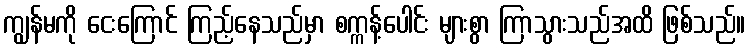
ကျွန်မကို ငေးကြောင် ကြည့်နေသည်မှာ စက္ကန့်ပေါင်း များစွာ ကြာသွားသည်အထိ ဖြစ်သည်။